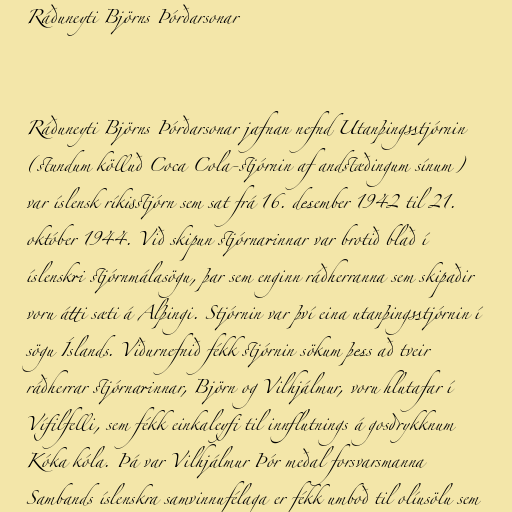
Ráðuneyti Björns Þórðarsonar

Ráðuneyti Björns Þórðarsonar jafnan nefnd Utanþingsstjórnin
(stundum kölluð Coca Cola-stjórnin af andstæðingum sínum)
var íslensk ríkisstjórn sem sat frá 16. desember 1942 til 21.
október 1944. Við skipun stjórnarinnar var brotið blað í
íslenskri stjórnmálasögu, þar sem enginn ráðherranna sem skipaðir
voru átti sæti á Alþingi. Stjórnin var því eina utanþingsstjórnin í
sögu Íslands. Viðurnefnið fékk stjórnin sökum þess að tveir
ráðherrar stjórnarinnar, Björn og Vilhjálmur, voru hlutafar í
Vífilfelli, sem fékk einkaleyfi til innflutnings á gosdrykknum
Kóka kóla. Þá var Vilhjálmur Þór meðal forsvarsmanna
Sambands íslenskra samvinnufélaga er fékk umboð til olíusölu sem